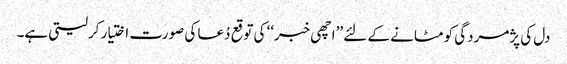
دل کی پژمردگی کو مٹانے کے لئے ’’اچھی خبر‘‘ کی توقع دُعا کی صورت اختیار کرلیتی ہے۔